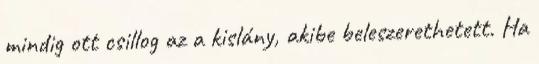
mindig ott csillog az a kislány, akibe beleszerethetett. Ha